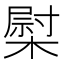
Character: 𰘤